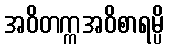
အဝိတက္ကအဝိစာရမ္ပိ